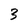
Character: 3